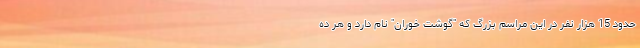
حدود 15 هزار نفر در این مراسم بزرگ که "گوشت خوران" نام دارد و هر ده